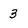
Character: 3